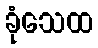
ခုံသေထ